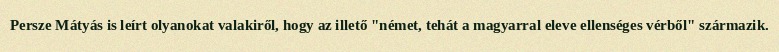
Persze Mátyás is leírt olyanokat valakiről, hogy az illető "német, tehát a magyarral eleve ellenséges vérből" származik.